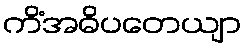
ကိံအဓိပတေယျာ